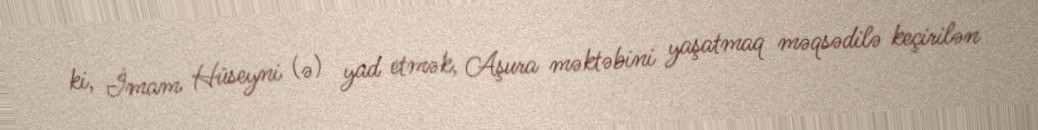
ki, İmam Hüseyni (ə) yad etmək, Aşura məktəbini yaşatmaq məqsədilə keçirilən